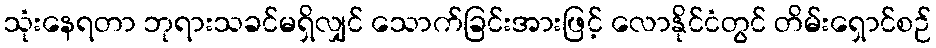
သုံးနေရတာ ဘုရားသခင်မရှိလျှင် သောက်ခြင်းအားဖြင့် လောနိုင်ငံတွင် တိမ်းရှောင်စဉ်